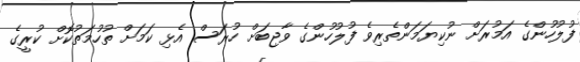
ފުލުހުންގެ އަމުރަށް ނުކިޔަމަންތެރިވެ ފުލުހުންގެ ވާޖިބަށް ހުރަސް އެޅި ކަމަށް ތުހުމަތުކޮށް ކުރީގެ